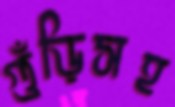
গুঁড়িসহ